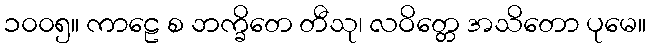
၁၀၀၅။ ကာဠေ စ ဘက္ခိတေ တီသု၊ လဝိတ္တေ အသိတော ပုမေ။